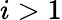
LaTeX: i>1